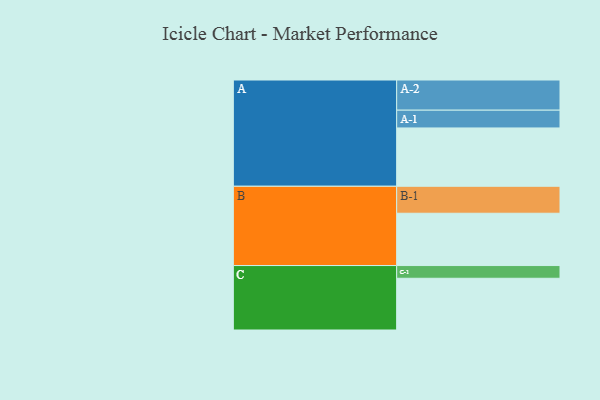
{"axis": {"x": "Segment", "y": "Value"}, "legend": ["", "A", "B", "C"], "data": [{"x": "A", "y": 495, "type": ""}, {"x": "B", "y": 444, "type": ""}, {"x": "C", "y": 439, "type": ""}, {"x": "A-1", "y": 151, "type": "A"}, {"x": "A-2", "y": 256, "type": "A"}, {"x": "B-1", "y": 229, "type": "B"}, {"x": "C-1", "y": 108, "type": "C"}]}